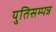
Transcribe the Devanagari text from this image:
युतिसम्पन्न